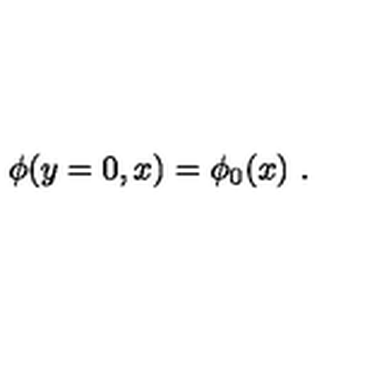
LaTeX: \phi ( y = 0 , x ) = \phi _ { 0 } ( x ) \ .